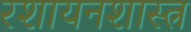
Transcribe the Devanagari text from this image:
रशायनशास्त्र